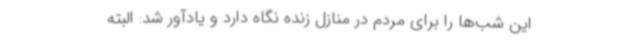
این شب‌ها را برای مردم در منازل زنده نگاه دارد و یادآور شد: البته